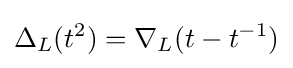
\Delta _{L}(t^{2})=\nabla _{L}(t-t^{-1})